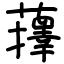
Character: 蘀